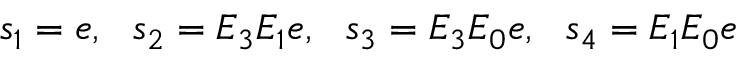
s _ { 1 } = e , \ \ s _ { 2 } = E _ { 3 } E _ { 1 } e , \ \ s _ { 3 } = E _ { 3 } E _ { 0 } e , \ \ s _ { 4 } = E _ { 1 } E _ { 0 } e